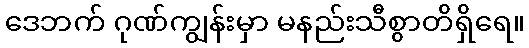
ဒေဘက် ဂုဏ်ကျွန်းမှာ မနည်းသီစွာတိရှိရေ။